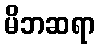
မိဘဆရာ